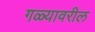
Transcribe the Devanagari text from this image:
गळ्यावरील